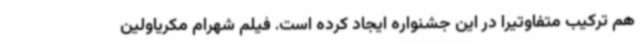
هم ترکیب متفاوتیرا در این جشنواره ایجاد کرده است. فیلم شهرام مکریاولین